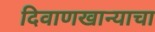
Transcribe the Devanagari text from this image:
दिवाणखान्याचा